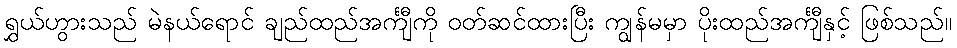
ရွှယ်ဟွားသည် မဲနယ်ရောင် ချည်ထည်အင်္ကျီကို ဝတ်ဆင်ထားပြီး ကျွန်မမှာ ပိုးထည်အင်္ကျီနှင့် ဖြစ်သည်။